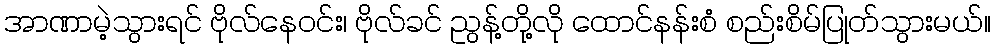
အာဏာမဲ့သွားရင် ဗိုလ်နေဝင်း၊ ဗိုလ်ခင် ညွန့်တို့လို ထောင်နန်းစံ စည်းစိမ်ပြုတ်သွားမယ်။